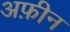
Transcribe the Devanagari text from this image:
अफ़ीन